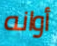
أوانه